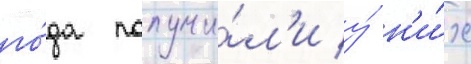
го́да получи́л'и у́ н'и́х